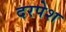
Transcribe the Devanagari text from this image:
दरपेश